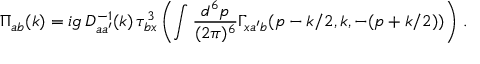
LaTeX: \Pi _ { a b } ( k ) = i g \, D _ { a a ^ { \prime } } ^ { - 1 } ( k ) \, \tau _ { b x } ^ { 3 } \left( \int \frac { d ^ { 6 } p } { ( 2 \pi ) ^ { 6 } } \Gamma _ { x a ^ { \prime } b } ( p - k / 2 , k , - ( p + k / 2 ) ) \right) \, .